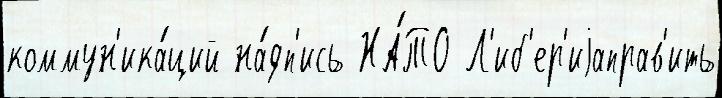
коммун'ика́ций на́дп'ись НА́ТО Л'иб'ер'иjаправ'ить